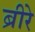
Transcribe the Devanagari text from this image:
ब्रीरे